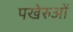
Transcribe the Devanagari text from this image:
पखेरुओं